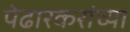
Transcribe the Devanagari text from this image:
पेढारकरांच्या